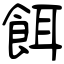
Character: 餌